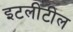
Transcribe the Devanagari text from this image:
इटलीटील